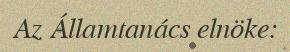
Az Államtanács elnöke: